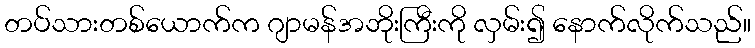
တပ်သားတစ်ယောက်က ဂျာမန်အဘိုးကြီးကို လှမ်း၍ နောက်လိုက်သည်။